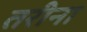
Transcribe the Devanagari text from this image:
तरीना